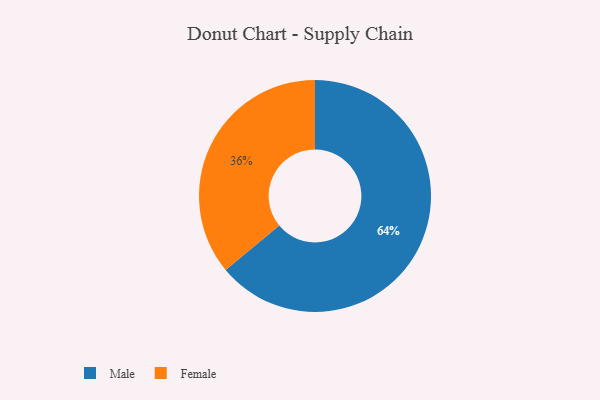
{"axis": {"x": "Category", "y": "Percentage"}, "legend": ["Female", "Male"], "data": [{"x": "Male", "y": 64, "type": "Male"}, {"x": "Female", "y": 36, "type": "Female"}]}